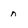
Character: n